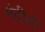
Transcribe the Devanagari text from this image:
मंदीरों